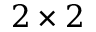
2 \times 2